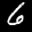
Label: 6